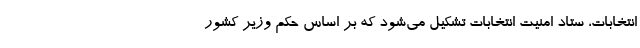
انتخابات، ستاد امنیت انتخابات تشکیل می‌شود که بر اساس حکم وزیر کشور